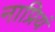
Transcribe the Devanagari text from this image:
नाप्रियं